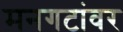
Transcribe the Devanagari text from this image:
मनगटांवर